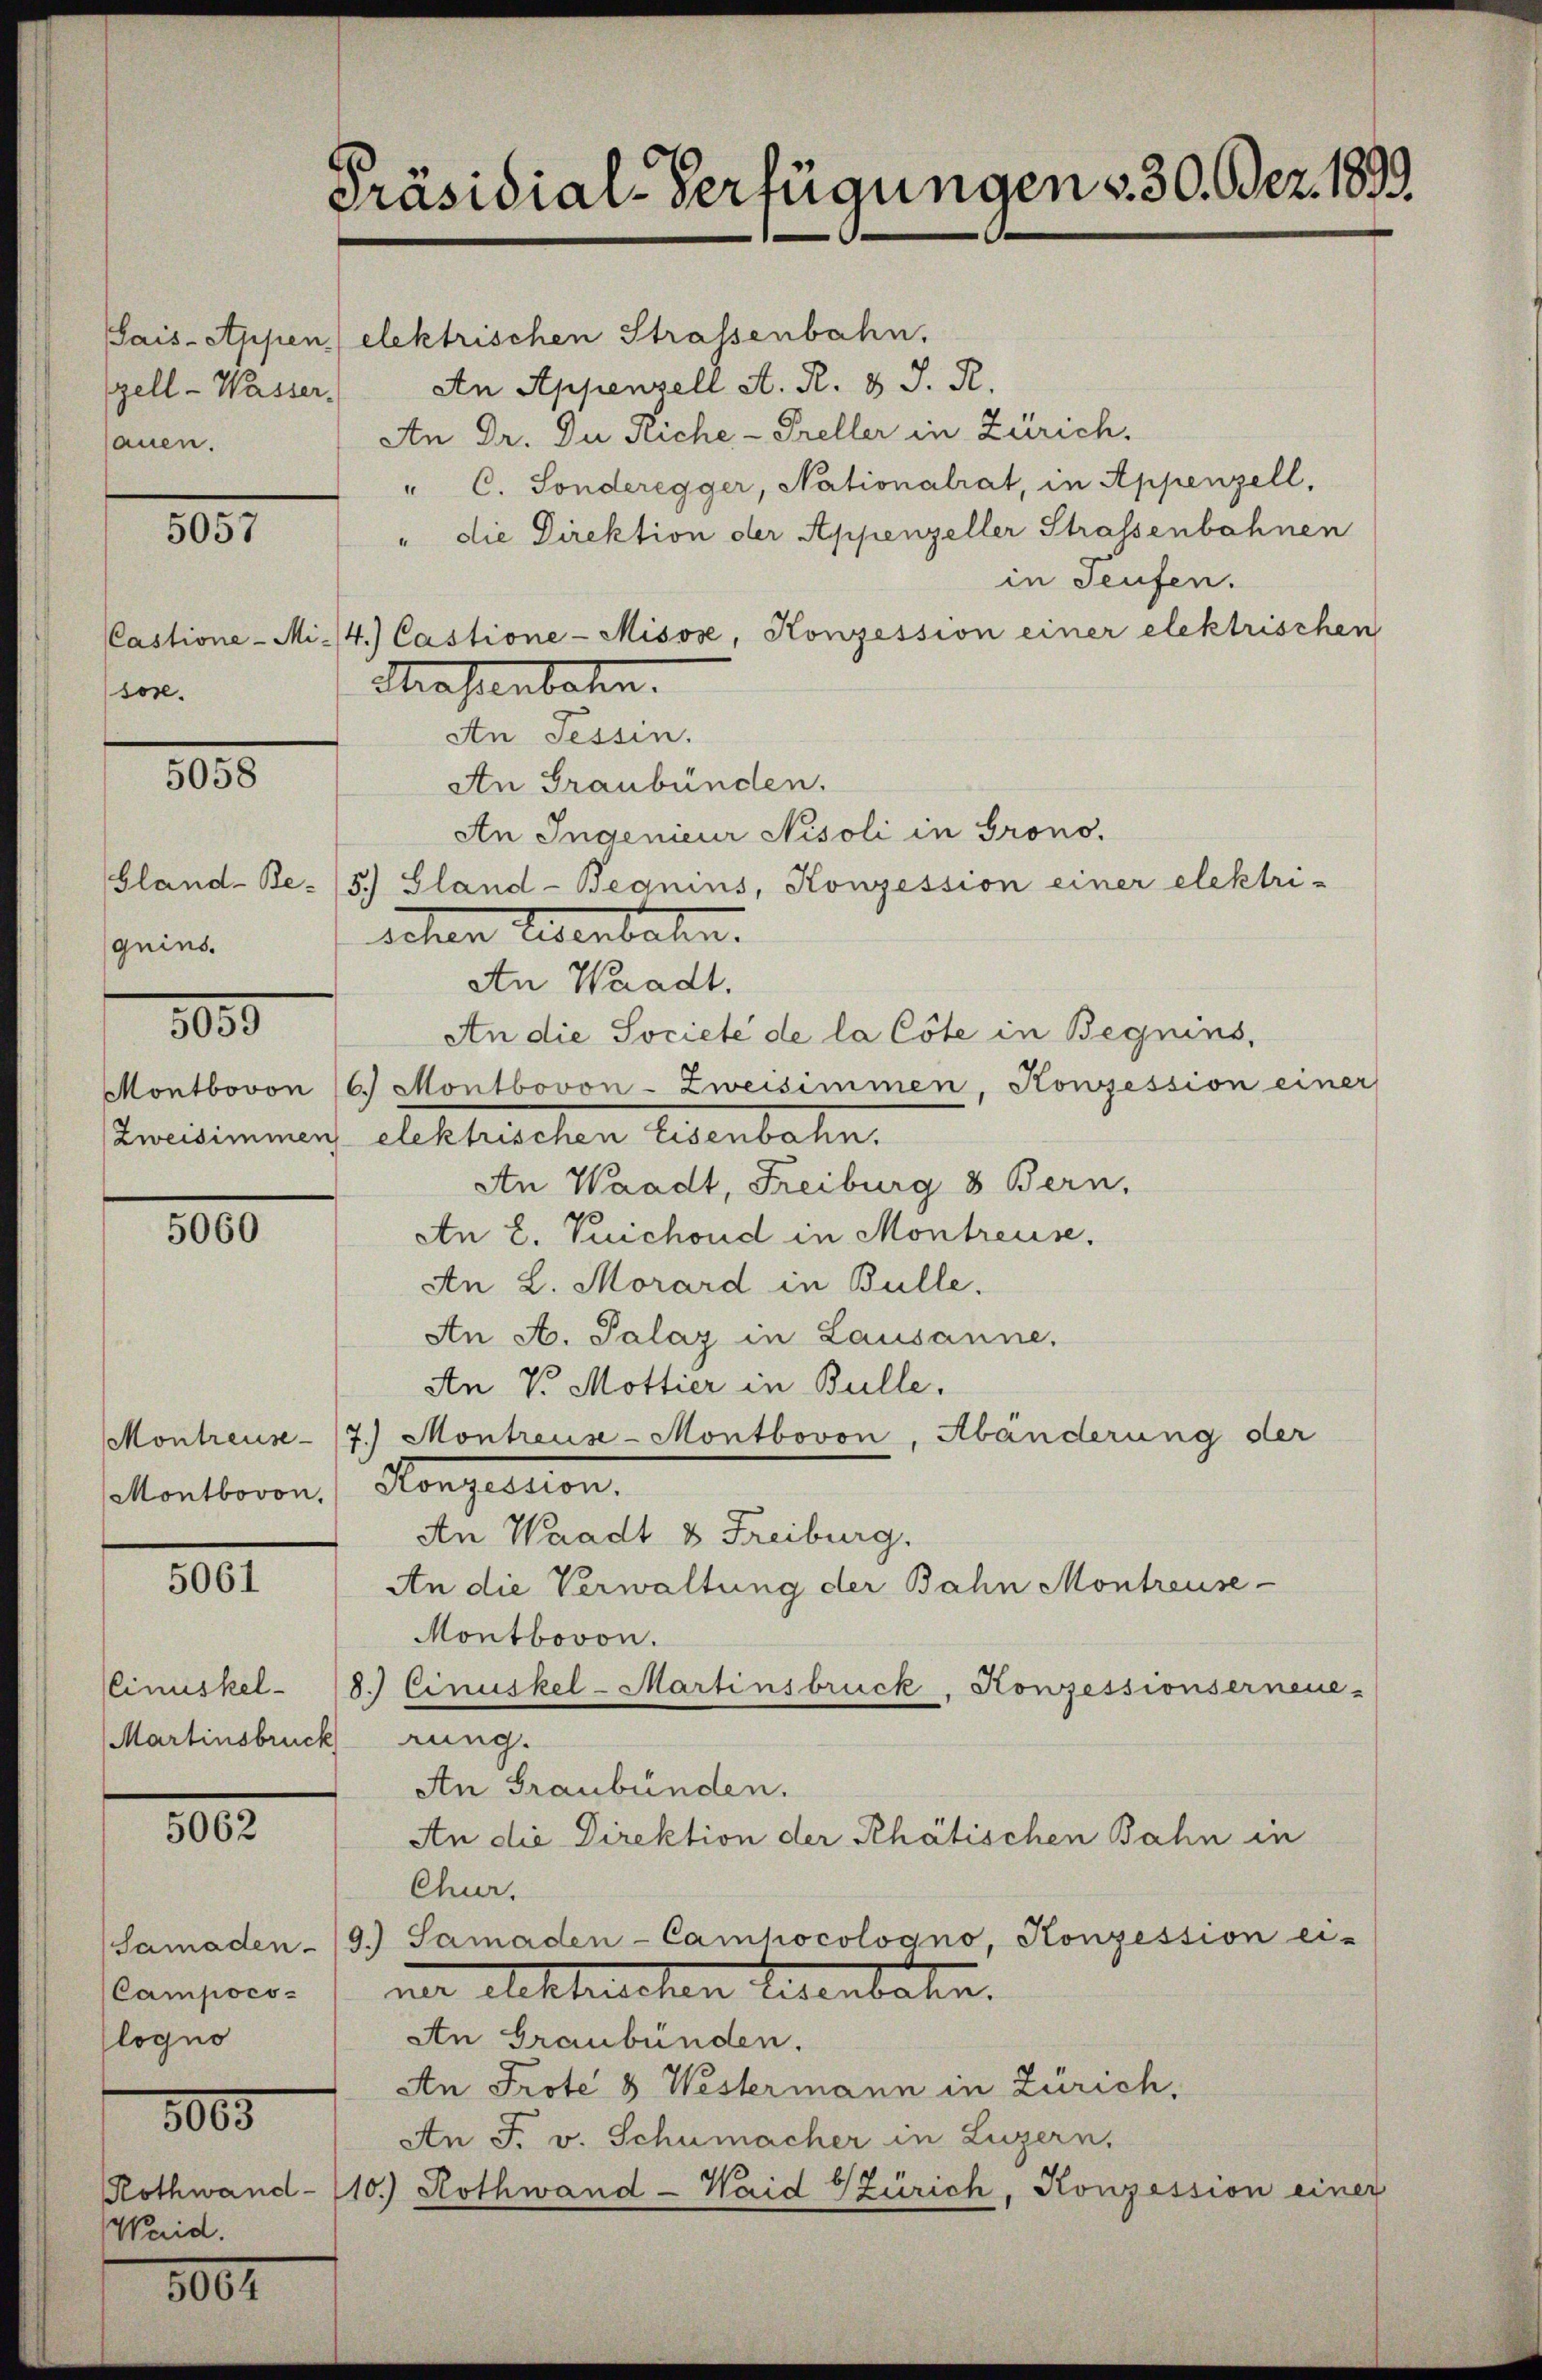
szell - Wasser.
lauen.

5057

son.

1050

Gland-Be-
quins.

8000

5060

5061

Martinsbruck rung.

5062

Campoco-
logno

3005

Waid.

5000

Präsidial-Verfügungen v. 30. Dez. 1899.

Sais-Appen ( elektrischen Strassenbahn,
An Appenzell A. R. v. J. R.
An Dr. Du Riche - Preller in Zürich.
" C. Sonderegger, Nationalrat, in Appenzell,
" die Direktion der Appenzeller Strassenbahnen
in Teufen.
Castione-Mi- 4.) Castione-Misose, Konzession einer elektrischen
Massenbaten.
An Fessen.
An Graubünden.
An Ingenieur Nisoli in Grono.
5.) Gland-Beguins, Konzession einer elektri-
ichen Eisenbahn.
An Waadt.
An die Societé de la Cote in Beguins,
Montbovon 16. Montbovon-Zweisimmen, Konzession einer
Preisinnung Elektrischen leisenbahn.
An Waadt, Freiburg 8 Bern,
An E. Vuichoud in Montreuse.
An L. Morard in Bulle.
An A. Palaz in Lausanne,
An V. Mottier in Bulle.
Montreuse- (7.) Montreuse-Montbovon, Abänderung der
Montbovon / Konzession,
An Waadt 8 Freiburg.
An die Verwaltung der Bahn Montreuse-
Montbovon.
CCinuskel- (8.) Cinuskel-Martinsbruck, Konzessionserneue-
An Graubünden.
An die Direktion der Rhätischen Jahn in
Chur.
Samaden-/9.) Samaden-Camhocologno, Konzession ei-
ner Achtuchen Eisenbahn.
An Graubünden.
An Prote & Westermann in Zürich,
An F. v. Schumacher in Luzern,
Rothwand- 110.) Rothwand-Waid Zürich, Konzession einer